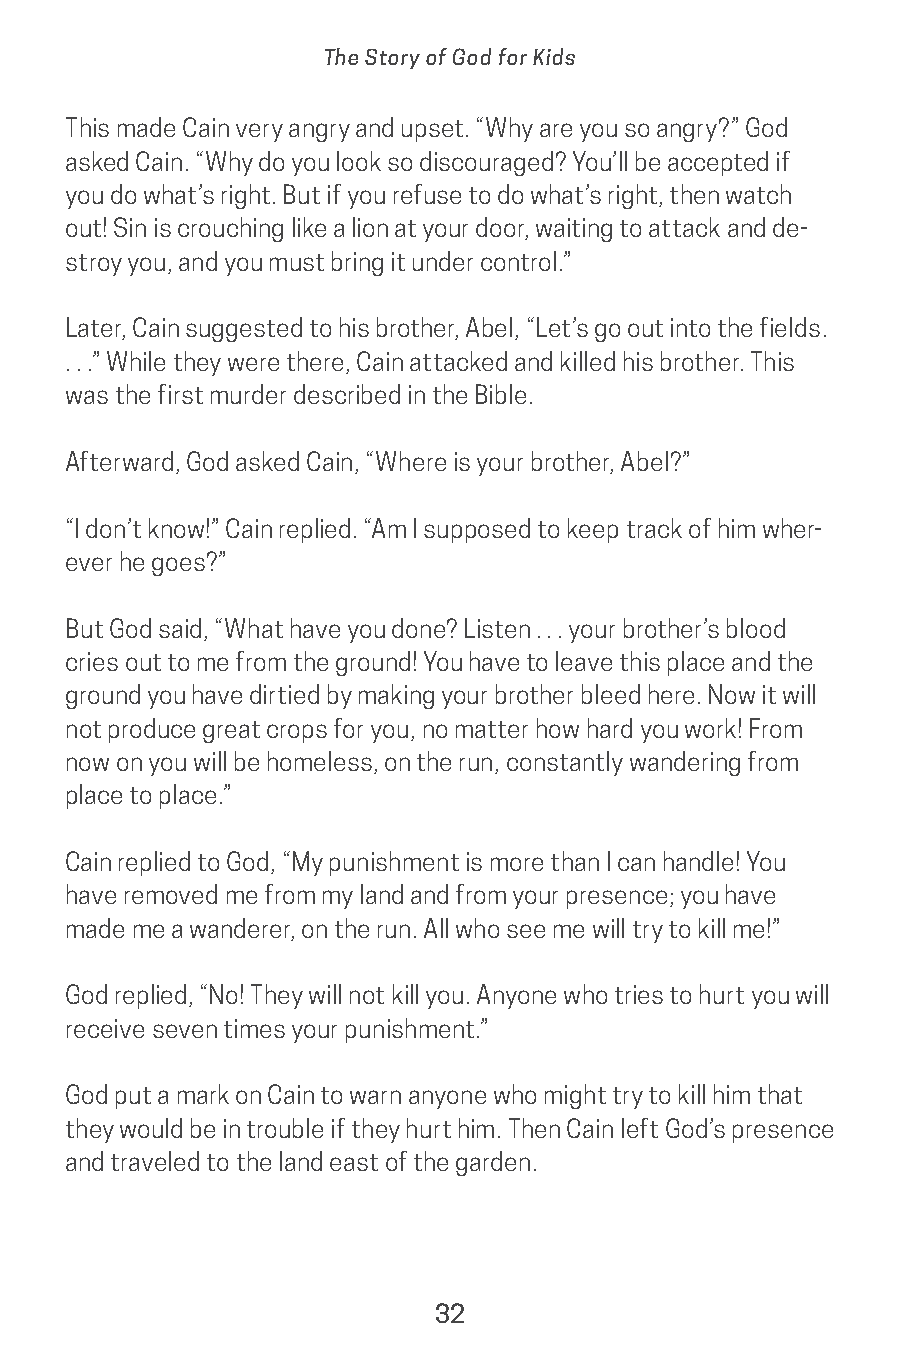
The Story of God for Kids
 This made Cain very angry and upset. “Why are you so angry?” God
 asked Cain. “Why do you look so discouraged? You’ll be accepted if
 you do what’s right. But if you refuse to do what’s right, then watch
 out! Sin is crouching like a lion at your door, waiting to attack and de-
 stroy you, and you must bring it under control.”
 Later, Cain suggested to his brother, Abel, “Let’s go out into the fields.
 . . .” While they were there, Cain attacked and killed his brother. This
 was the first murder described in the Bible.
 Afterward, God asked Cain, “Where is your brother, Abel?”
 “I don’t know!” Cain replied. “Am I supposed to keep track of him wher-
 ever he goes?”
 But God said, “What have you done? Listen . . . your brother’s blood
 cries out to me from the ground! You have to leave this place and the
 ground you have dirtied by making your brother bleed here. Now it will
 not produce great crops for you, no matter how hard you work! From
 now on you will be homeless, on the run, constantly wandering from
 place to place.”
 Cain replied to God, “My punishment is more than I can handle! You
 have removed me from my land and from your presence; you have
 made me a wanderer, on the run. All who see me will try to kill me!”
 God replied, “No! They will not kill you. Anyone who tries to hurt you will
 receive seven times your punishment.”
 God put a mark on Cain to warn anyone who might try to kill him that
 they would be in trouble if they hurt him. Then Cain left God’s presence
 and traveled to the land east of the garden.
 32
 saturate-story_of_god_kids-2.indd 32              8/10/17 10:11 PM